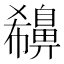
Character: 𪖪